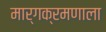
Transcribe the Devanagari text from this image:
मार्गक्रमणाला